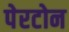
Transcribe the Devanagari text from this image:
पेरटोन